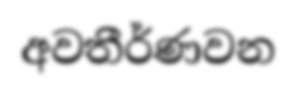
අවතීර්ණවන